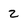
Character: 2